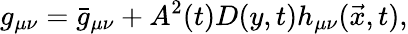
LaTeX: g_{\mu\nu}=\bar{g}_{\mu\nu}+A^{2}(t)D(y,t)h_{\mu\nu}(\vec{x},t),